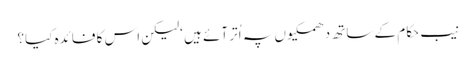
نیب حکام کے ساتھ دھمکیوں پہ اُتر آئے ہیں ‘لیکن اس کا فائدہ کیا؟